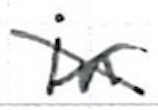
Text: in
Cross-out: cross
Writing tool: ballpoint